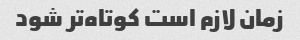
زمان لازم است کوتاه‌تر شود